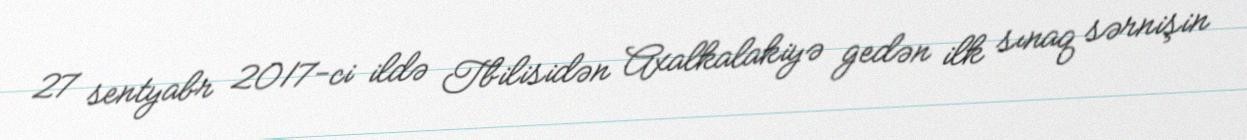
27 sentyabr 2017-ci ildə Tbilisidən Axalkalakiyə gedən ilk sınaq sərnişin